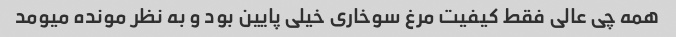
همه چی عالی فقط کیفیت مرغ سوخاری خیلی پایین بود و به نظر مونده میومد